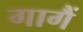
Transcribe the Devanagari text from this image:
गागैं